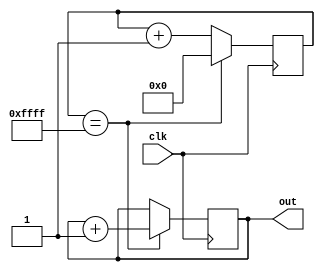
`timescale 1ns / 1ps
//////////////////////////////////////////////////////////////////////////////////
// Company: 
// Engineer: 
// 
// Design Name: 
// Module Name: sawtooth
// Project Name: 
// Target Devices: 
// Tool Versions: 
// Description: 
// 
// Dependencies: 
// 
// Revision:
// Revision 0.01 - File Created
// Additional Comments:
// 
//////////////////////////////////////////////////////////////////////////////////


module sawtooth(
    input clk,
    output reg [7:0] out
    );
    
    reg [15:0] count;
    
    always@(posedge clk)
        begin 
            if(count == 16'hffff)
                begin
                    count = 16'h0000;
                    out = out + 1'b1;                
                end
            else
                begin
                    count = count + 1'b1;
                end
        end
        
endmodule